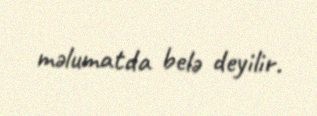
məlumatda belə deyilir.